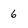
Character: 6